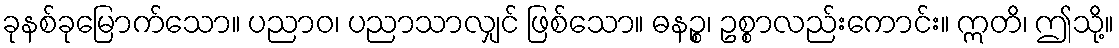
ခုနစ်ခုမြောက်သော။ ပညာဝ၊ ပညာသာလျှင် ဖြစ်သော။ ဓနဉ္စ၊ ဥစ္စာလည်းကောင်း။ ဣတိ၊ ဤသို့။